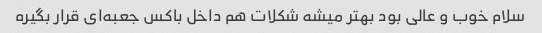
سلام خوب و عالی بود بهتر میشه شکلات هم داخل باکس جعبه‌ای قرار بگیره